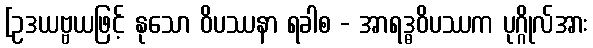
[ဥဒယဗ္ဗယဖြင့် နုသော ဝိပဿနာ ရခါစ - အာရဒ္ဓဝိပဿက ပုဂ္ဂိုလ်အား